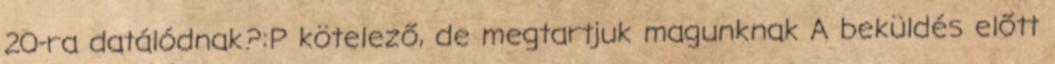
20-ra datálódnak?:P kötelező, de megtartjuk magunknak A beküldés előtt